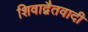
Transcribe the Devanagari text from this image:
शिवाद्वैतवादी